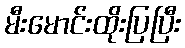
မီးမောင်းထိုးပြပြီး